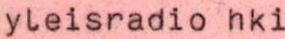
yleisradio hki